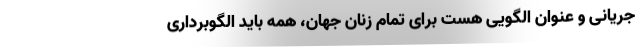
جریانی و عنوان الگویی هست برای تمام زنان جهان، همه باید الگوبرداری